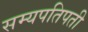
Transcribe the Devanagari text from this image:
सम्यपतिपती